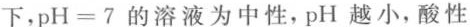
下，$$p H = 7$$的溶液为中性，pH越小，酸性